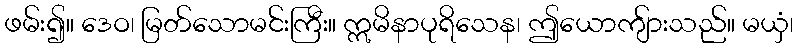
ဖမ်း၍။ ဒေဝ၊ မြတ်သောမင်းကြီး။ ဣမိနာပုရိသေန၊ ဤယောကျ်ားသည်။ မယှံ၊